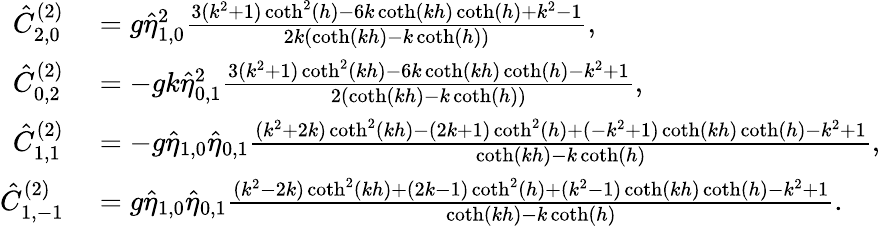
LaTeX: \begin{array}{rl}{\hat{C}_{2,0}^{(2)}}&{{}=g\hat{\eta}_{1,0}^{2}\frac{3(k^{2}+1)\coth^{2}(h)-6k\coth(kh)\coth(h)+k^{2}-1}{2k(\coth(kh)-k\coth(h))},}\\ {\hat{C}_{0,2}^{(2)}}&{{}=-gk\hat{\eta}_{0,1}^{2}\frac{3(k^{2}+1)\coth^{2}(kh)-6k\coth(kh)\coth(h)-k^{2}+1}{2(\coth(kh)-k\coth(h))},}\\ {\hat{C}_{1,1}^{(2)}}&{{}=-g\hat{\eta}_{1,0}\hat{\eta}_{0,1}\frac{(k^{2}+2k)\coth^{2}(kh)-(2k+1)\coth^{2}(h)+(-k^{2}+1)\coth(kh)\coth(h)-k^{2}+1}{\coth(kh)-k\coth(h)},}\\ {\hat{C}_{1,-1}^{(2)}}&{{}=g\hat{\eta}_{1,0}\hat{\eta}_{0,1}\frac{(k^{2}-2k)\coth^{2}(kh)+(2k-1)\coth^{2}(h)+(k^{2}-1)\coth(kh)\coth(h)-k^{2}+1}{\coth(kh)-k\coth(h)}.}\end{array}